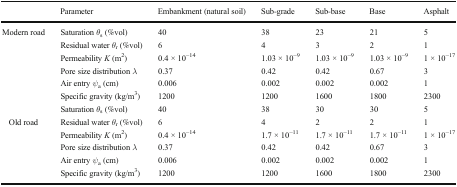
<table><thead><tr><td></td><td><b>Parameter</b></td><td><b>Embankment (natural soil)</b></td><td><b>Sub-grade</b></td><td><b>Sub-base</b></td><td><b>Base</b></td><td><b>Asphalt</b></td></tr></thead><tbody><tr><td rowspan="7">Modern road</td><td>Saturation <i>θ</i><sub>s</sub> (%vol)</td><td>40</td><td>38</td><td>23</td><td>21</td><td>5</td></tr><tr><td>Residual water <i>θ</i><sub>r</sub> (%vol)</td><td>6</td><td>4</td><td>3</td><td>2</td><td>1</td></tr><tr><td>Permeability <i>K</i> (m<sup>2</sup>)</td><td>0.4 × 10<sup>−14</sup></td><td>1.03 × 10<sup>−9</sup></td><td>1.03 × 10<sup>−9</sup></td><td>1.03 × 10<sup>−9</sup></td><td>1 × 10<sup>−17</sup></td></tr><tr><td>Pore size distribution <i>λ</i></td><td>0.37</td><td>0.42</td><td>0.42</td><td>0.67</td><td>3</td></tr><tr><td>Air entry <i>ψ</i><sub>a</sub> (cm)</td><td>0.006</td><td>0.002</td><td>0.002</td><td>0.002</td><td>1</td></tr><tr><td>Specific gravity (kg/m<sup>3</sup>)</td><td>1200</td><td>1200</td><td>1600</td><td>1800</td><td>2300</td></tr><tr><td>Saturation <i>θ</i><sub>s</sub> (%vol)</td><td>40</td><td>38</td><td>30</td><td>30</td><td>5</td></tr><tr><td rowspan="5">Old road</td><td>Residual water <i>θ</i><sub>r</sub> (%vol)</td><td>6</td><td>4</td><td>2</td><td>2</td><td>1</td></tr><tr><td>Permeability <i>K</i> (m<sup>2</sup>)</td><td>0.4 × 10<sup>−14</sup></td><td>1.7 × 10<sup>−11</sup></td><td>1.7 × 10<sup>−11</sup></td><td>1.7 × 10<sup>−11</sup></td><td>1 × 10<sup>−17</sup></td></tr><tr><td>Pore size distribution <i>λ</i></td><td>0.37</td><td>0.42</td><td>0.42</td><td>0.67</td><td>3</td></tr><tr><td>Air entry <i>ψ</i><sub>a</sub> (cm)</td><td>0.006</td><td>0.002</td><td>0.002</td><td>0.002</td><td>1</td></tr><tr><td>Specific gravity (kg/m<sup>3</sup>)</td><td>1200</td><td>1200</td><td>1600</td><td>1800</td><td>2300</td></tr></tbody></table>